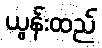
ယွန်းထည်